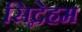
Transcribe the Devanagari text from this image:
सिद्नेहम